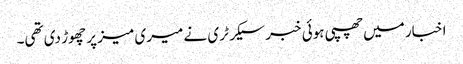
اخبار میں‌چھپی ہوئی خبر سیکرٹری نے میری میز پر چھوڑ دی تھی۔